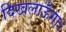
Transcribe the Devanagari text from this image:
दिखलाऊँगा।